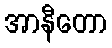
အာနီတော